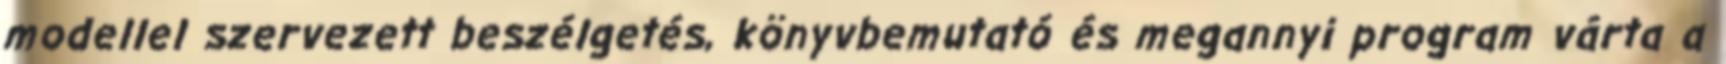
modellel szervezett beszélgetés, könyvbemutató és megannyi program várta a